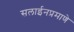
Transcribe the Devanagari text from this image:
सलाईनप्रमाणे